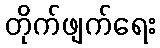
တိုက်ဖျက်ရေး